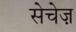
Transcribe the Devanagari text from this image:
सेचेज़